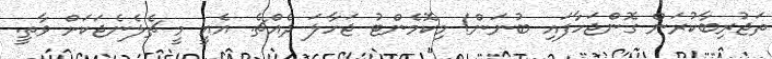
ތަޖުރިބާކުރަން ގޮންޖަހާފައި ބުނަން! މިކޮމެންޓު ޖަހާލަ ދެއްޗެ. އެއީ މީ ޗެލެނެޖަކަށް ވާތީ.